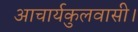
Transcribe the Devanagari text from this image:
आचार्यकुलवासी।